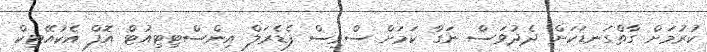
ކުރުމަށް ގާތްގަނޑަކަށް ދެދުވަސް ނަގާ ކަމަށް ސްވިސް ފެޑެރަލް އިންސްޓިޓިއުޓް އޮފް އެކުއޭޓިކް